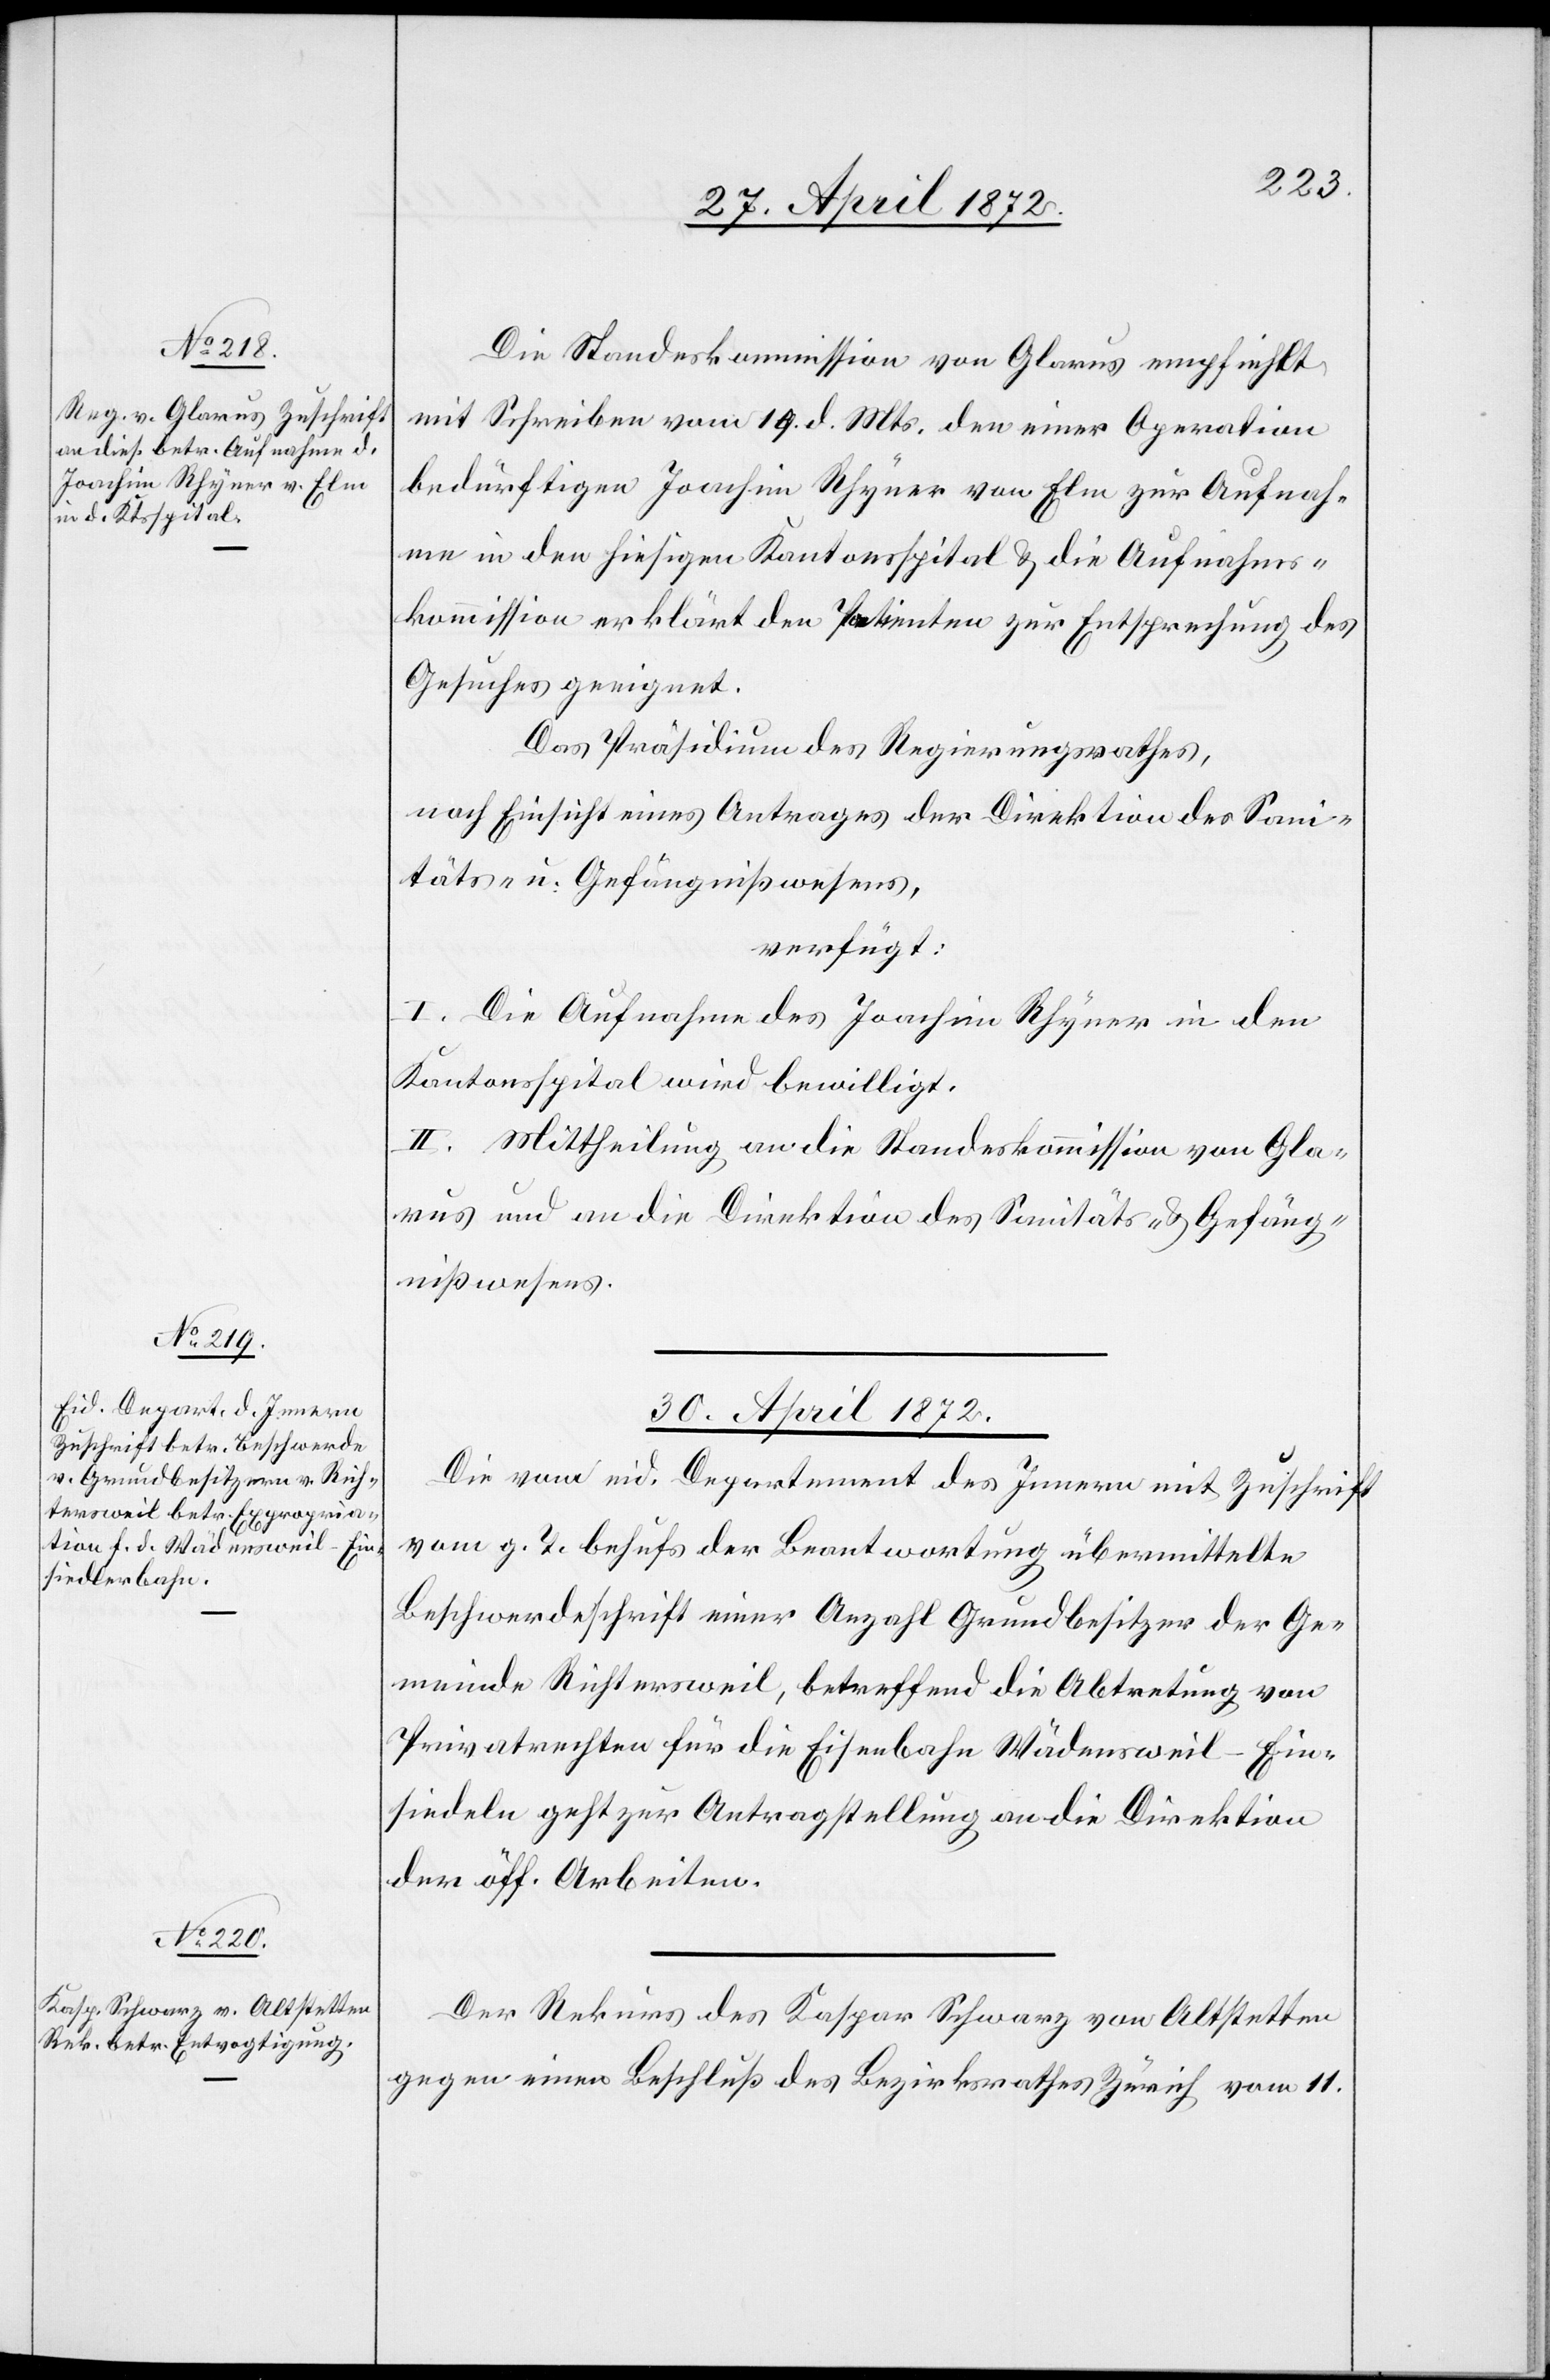
29. April 1872.]
Die Standeskommission von Glarus empfiehlt
mit Schreiben vom 19. d. Mts. den einer Operation
bedürftigen Joachim Rhyner von Elm zur Aufnah¬
me in den hiesigen Kantonsspital u. die Aufnahms¬
kommission erklärt den Patienten zur Entsprechung des
Gesuches geeignet.
Das Präsidium des Regierungsrathes,
nach Einsicht eines Antrages der Direktion des Sani¬
täts- u. Gefängnißwesens,
verfügt:
I. Die Aufnahme des Joachim Rhyner in den
Kantonsspital wird bewilligt.
II. Mittheilung an die Standeskommission von Gla¬
rus und an die Direktion des Sanitäts- u. Gefäng¬
nißwesens.
30. April 1872.]
Die vom eid. Departement des Innern mit Zuschrift
vom g. T. behufs der Beantwortung übermittelte
Beschwerdeschrift einer Anzahl Grundbesitzer der Ge¬
meinde Richtersweil, betreffend die Abtretung von
Privatrechten für die Eisenbahn Wädensweil-Ein¬
siedeln geht zur Antragstellung an die Direktion
der öff. Arbeiten.
Der Rekurs des Kaspar Schwarz von Altstetten
gegen einen Beschluß des Bezirksrathes Zürich vom 11.